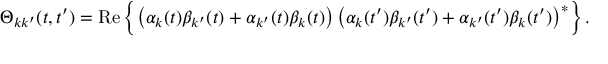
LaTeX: \Theta _ { k k ^ { \prime } } ( t , t ^ { \prime } ) = \mathrm { R e } \left\{ \left( \alpha _ { k } ( t ) \beta _ { k ^ { \prime } } ( t ) + \alpha _ { k ^ { \prime } } ( t ) \beta _ { k } ( t ) \right) \left( \alpha _ { k } ( t ^ { \prime } ) \beta _ { k ^ { \prime } } ( t ^ { \prime } ) + \alpha _ { k ^ { \prime } } ( t ^ { \prime } ) \beta _ { k } ( t ^ { \prime } ) \right) ^ { * } \right\} .